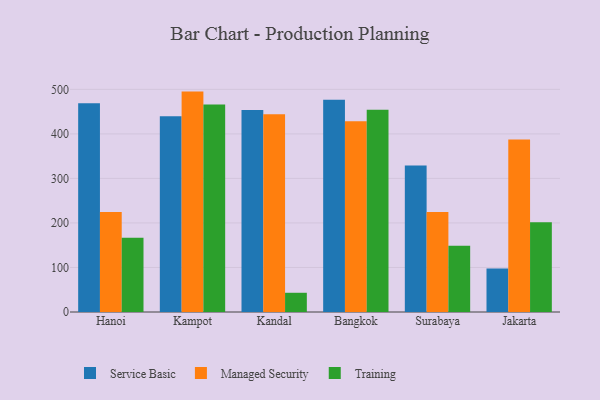
{"axis": {"x": "City", "y": "Budget (USD K)"}, "legend": ["Managed Security", "Service Basic", "Training"], "data": [{"x": "Hanoi", "y": 469.1, "type": "Service Basic"}, {"x": "Hanoi", "y": 224.8, "type": "Managed Security"}, {"x": "Hanoi", "y": 166.7, "type": "Training"}, {"x": "Kampot", "y": 439.7, "type": "Service Basic"}, {"x": "Kampot", "y": 495.0, "type": "Managed Security"}, {"x": "Kampot", "y": 465.9, "type": "Training"}, {"x": "Kandal", "y": 453.9, "type": "Service Basic"}, {"x": "Kandal", "y": 444.3, "type": "Managed Security"}, {"x": "Kandal", "y": 43.2, "type": "Training"}, {"x": "Bangkok", "y": 476.5, "type": "Service Basic"}, {"x": "Bangkok", "y": 428.4, "type": "Managed Security"}, {"x": "Bangkok", "y": 454.0, "type": "Training"}, {"x": "Surabaya", "y": 329.0, "type": "Service Basic"}, {"x": "Surabaya", "y": 224.7, "type": "Managed Security"}, {"x": "Surabaya", "y": 149.0, "type": "Training"}, {"x": "Jakarta", "y": 97.6, "type": "Service Basic"}, {"x": "Jakarta", "y": 387.6, "type": "Managed Security"}, {"x": "Jakarta", "y": 201.7, "type": "Training"}]}